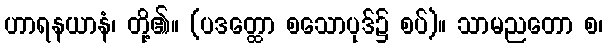
ဟာရနယာနံ၊ တို့၏။ (ပဒတ္ထော စသောပုဒ်၌ စပ်)။ သာမညတော စ၊